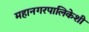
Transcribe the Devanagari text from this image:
महानगरपालिकेशी